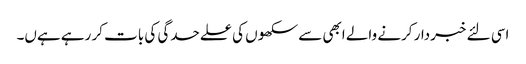
اسی لئے خبردار کرنے والے ابھی سے سکھوں کی علےحدگی کی بات کر رہے ہےں۔